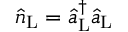
\hat { n } _ { \mathrm { L } } = \hat { a } _ { \mathrm { L } } ^ { \dagger } \hat { a } _ { \mathrm { L } }